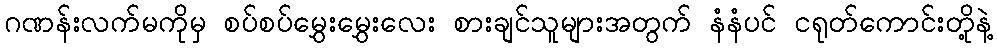
ဂဏန်းလက်မကိုမှ စပ်စပ်မွှေးမွှေးလေး စားချင်သူများအတွက် နံနံပင် ငရုတ်ကောင်းတို့နဲ့